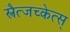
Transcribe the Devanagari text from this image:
स्त्रैत्जच्केत्स्